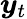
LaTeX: \boldsymbol y_{t}